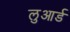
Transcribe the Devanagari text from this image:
लुआर्ड